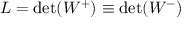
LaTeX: L = \operatorname* { d e t } ( W ^ { + } ) \equiv \operatorname* { d e t } ( W ^ { - } )